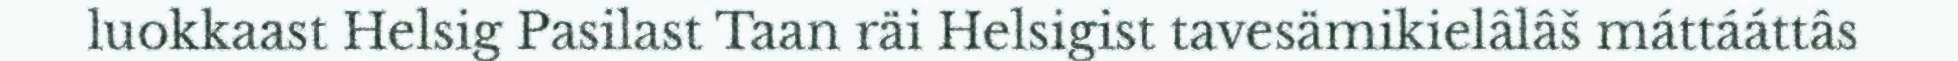
luokkaast Helsig Pasilast Taan räi Helsigist tavesämikielâlâš máttááttâs